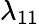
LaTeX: \lambda_{11}